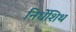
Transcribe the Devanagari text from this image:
निर्धेशिथ